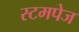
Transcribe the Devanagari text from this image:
स्टमपेज